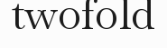
twofold